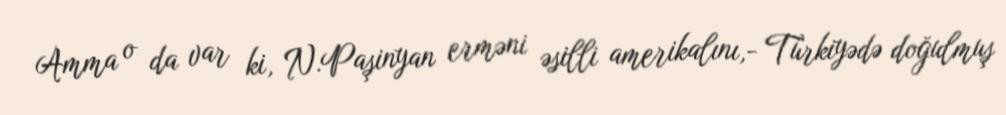
Amma o da var ki, N.Paşinyan erməni əsilli amerikalını,- Türkiyədə doğulmuş